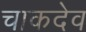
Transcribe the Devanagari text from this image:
चाकदेव